Vaccine operations Central Provinces 1900-1911 - 1900-1911
Year: 1900
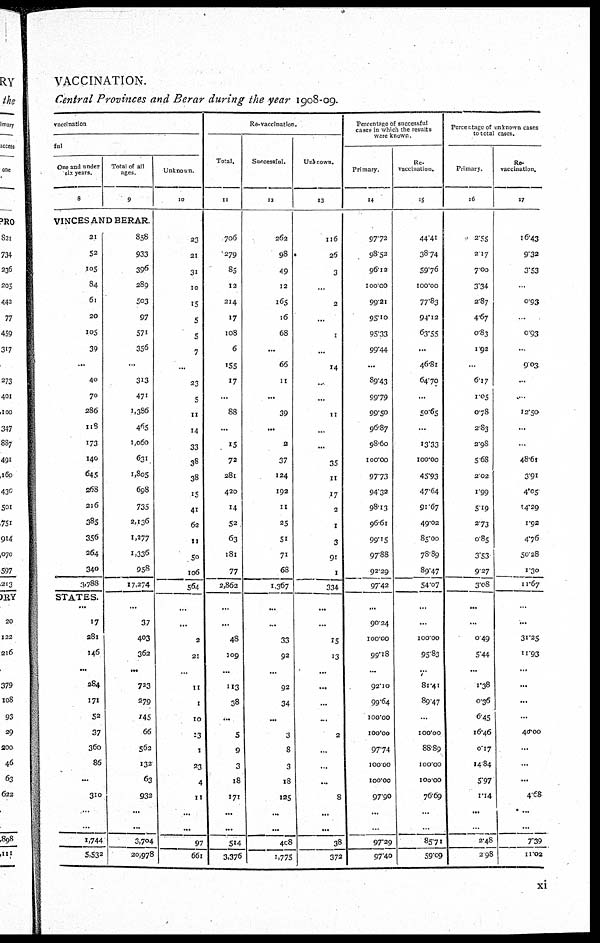
VACCINATION.
Central Provinces and Berar during the year 1908-09.
vaccination
ful
One and under
six years.
8
Total of all
ages.
9
VINCES AND BERAR.
21
52
105
84
61
20
105
39
...
40
70
286
118
173
140
645
268
216
385
356
264
340
3,788
STATES.
...
17
281
146
...
284
171
52
37
360
86
...
310
...
...
1,744
5,532
858
933
396
289
503
97
571
356
...
313
471
1,386
465
1,060
631
1,805
698
735
2,136
1,277
1,336
958
17,274
...
37
403
362
...
723
279
145
66
562
132
63
932
...
...
3,704
20,978
Unknown
10
23
21
31
10
15
5
5
7
...
23
5
11
14
33
38
38
15
41
62
11
50
106
564
...
...
2
21
...
11
1
10
13
1
23
4
11
...
...
97
661
Re-vaccination.
Total.
11
706
279
85
12
214
17
108
6
155
17
...
88
...
15
72
281
420
14
52
63
181
77
2,862
...
...
48
109
...
113
38
...
5
9
3
18
171
...
...
514
3,376
Successful.
12
262
98
49
12
165
16
68
...
66
11
...
39
...
2
37
124
192
11
25
51
71
68
1,367
...
...
33
92
...
92
34
...
3
8
3
18
125
...
...
408
1,775
Unkrown.
13
116
26
3
...
2
...
1
...
14
...
...
11
...
...
35
11
17
2
1
3
91
1
334
...
...
15
13
...
...
...
...
2
...
...
...
8
...
...
38
372
Percentage of successful
cases in which the results
were known
Primary.
14
97.72
98.52
96.12
100.00
99.21
95.10
95.33
99.44
...
89.43
99.79
99.50
96.87
98.60
100.00
97.73
94.32
98.13
96.61
99.15
97.88
92.29
97.42
...
90.24
100.00
99.18
...
92.10
99.64
100.00
100.00
97.74
100.00
100.00
97.90
...
...
97.29
97.40
Re¬
vaccination.
15
44.41
38.74
59.76
100.00
77.83
94.12
63.55
...
46.81
64.70
...
50.65
...
13.33
100.00
45.93
47.64
91.67
49.02
85.00
78.89
89.47
54.07
...
...
100.00
95.83
...
81.41
89.47
...
100.00
88.89
100.00
100.00
76.69
...
...
85.71
59.09
Percertage of unknown cases
to total cases.
Primary.
16
2.55
2.17
7.00
3.34
2.87
4.67
0.83
1.92
...
6.17
1.05
0.78
2.83
2.98
5.68
2.02
1.99
5.19
2.73
0.85
3.53
9.27
3.08
...
...
0.49
5.44
...
1.38
0.36
6.45
16.46
0.17
14.84
5.97
1.14
...
...
2.48
2.98
Re¬
vaccination.
17
16.43
9.32
3.53
...
0.93
...
0.93
...
9.03
...
...
12.50
...
...
48.61
3.91
4.05
4.29
1.92
4.76
50.28
1.30
11.67
...
...
31.25
11.93
...
...
...
...
40.00
...
...
...
4.68
...
...
7.39
11.02
xi